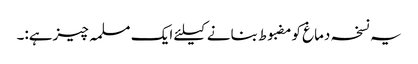
یہ نسخہ دماغ کومضبوط بنانے کیلئے ایک مسلمہ چیزہے:۔